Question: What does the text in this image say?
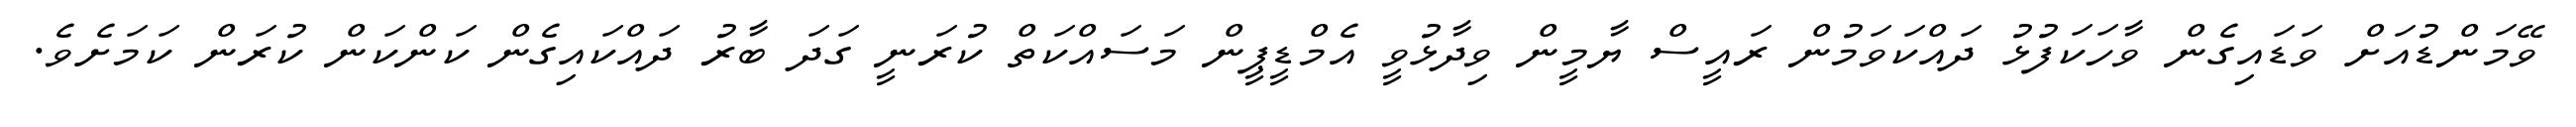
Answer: ވޭމަންޑުއަށް ވަޑައިގެން ވާހަކަފުޅު ދައްކަވަމުން ރައީސް ޔާމީން ވިދާޅުވީ އެމްޑީޕީން މަސައްކަތް ކުރަނީ ގަދަ ބާރު ދައްކައިގެން ކަންކަން ކުރަން ކަމަށެވެ.